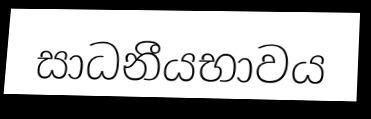
සාධනීයභාවය